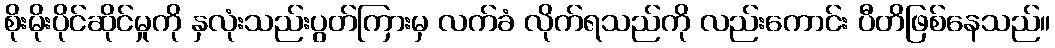
စိုးမိုးပိုင်ဆိုင်မှုကို နှလုံးသည်းပွတ်ကြားမှ လက်ခံ လိုက်ရသည်ကို လည်းကောင်း ပီတိဖြစ်နေသည်။